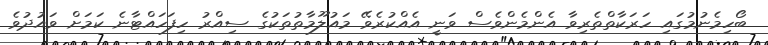
ބޯހިމެނުމުގައި ހަރަކާތްތެރިވާ އެންމެންވެސް ވަނީ އެއްކުރެވޭ މައުލޫމާތުތަކުގެ ސިއްރު ހިފަހައްޓާނެ ކަމަށް ވައުދުވެ